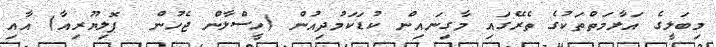
މިބަލީގެ އަލާމަތްތަކުގެ ތެރޭގައި މާގިނައިން ކުޑަކަމުދިއުން (ހީސްލާން ޖެހުން  ޕޮލިޔޫރިއާ) އާއި